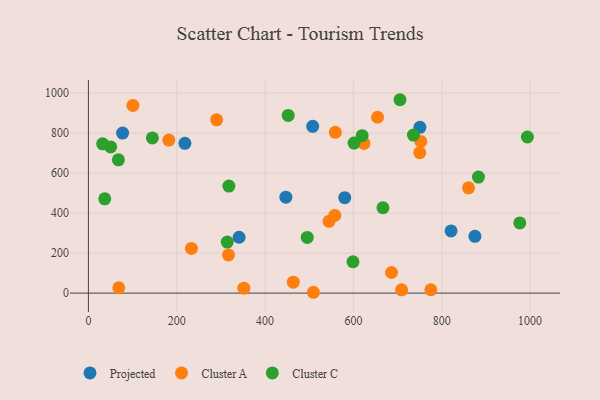
{"axis": {"x": "Study Hours", "y": "Exam Score"}, "legend": ["Cluster A", "Cluster C", "Projected"], "data": [{"x": "750.6", "y": 828.4, "type": "Projected"}, {"x": "447.1", "y": 479.3, "type": "Projected"}, {"x": "821.1", "y": 310.5, "type": "Projected"}, {"x": "341.2", "y": 279.1, "type": "Projected"}, {"x": "580.4", "y": 476.7, "type": "Projected"}, {"x": "77.4", "y": 799.7, "type": "Projected"}, {"x": "218.5", "y": 748.3, "type": "Projected"}, {"x": "507.8", "y": 833.1, "type": "Projected"}, {"x": "875.1", "y": 283.6, "type": "Projected"}, {"x": "775.3", "y": 16.7, "type": "Cluster A"}, {"x": "709.1", "y": 16.5, "type": "Cluster A"}, {"x": "559.1", "y": 803.3, "type": "Cluster A"}, {"x": "290.3", "y": 865.7, "type": "Cluster A"}, {"x": "860.7", "y": 525.8, "type": "Cluster A"}, {"x": "351.9", "y": 24.7, "type": "Cluster A"}, {"x": "558.0", "y": 388.3, "type": "Cluster A"}, {"x": "686.4", "y": 103.0, "type": "Cluster A"}, {"x": "654.7", "y": 878.7, "type": "Cluster A"}, {"x": "544.8", "y": 358.6, "type": "Cluster A"}, {"x": "752.7", "y": 757.5, "type": "Cluster A"}, {"x": "750.2", "y": 701.5, "type": "Cluster A"}, {"x": "624.0", "y": 747.6, "type": "Cluster A"}, {"x": "463.9", "y": 54.4, "type": "Cluster A"}, {"x": "100.8", "y": 937.9, "type": "Cluster A"}, {"x": "233.3", "y": 223.2, "type": "Cluster A"}, {"x": "317.2", "y": 190.6, "type": "Cluster A"}, {"x": "68.8", "y": 26.6, "type": "Cluster A"}, {"x": "509.4", "y": 4.1, "type": "Cluster A"}, {"x": "182.0", "y": 764.4, "type": "Cluster A"}, {"x": "883.1", "y": 579.6, "type": "Cluster C"}, {"x": "318.1", "y": 534.5, "type": "Cluster C"}, {"x": "314.4", "y": 255.0, "type": "Cluster C"}, {"x": "67.9", "y": 666.0, "type": "Cluster C"}, {"x": "37.0", "y": 471.1, "type": "Cluster C"}, {"x": "144.8", "y": 775.3, "type": "Cluster C"}, {"x": "976.7", "y": 350.8, "type": "Cluster C"}, {"x": "735.9", "y": 789.8, "type": "Cluster C"}, {"x": "666.9", "y": 426.5, "type": "Cluster C"}, {"x": "993.9", "y": 780.0, "type": "Cluster C"}, {"x": "495.5", "y": 278.3, "type": "Cluster C"}, {"x": "32.2", "y": 745.9, "type": "Cluster C"}, {"x": "705.5", "y": 966.2, "type": "Cluster C"}, {"x": "619.8", "y": 786.5, "type": "Cluster C"}, {"x": "50.4", "y": 730.2, "type": "Cluster C"}, {"x": "601.5", "y": 749.4, "type": "Cluster C"}, {"x": "452.4", "y": 887.7, "type": "Cluster C"}, {"x": "599.1", "y": 156.5, "type": "Cluster C"}]}